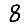
Digit: 8